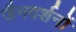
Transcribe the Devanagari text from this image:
जैनदर्शनों